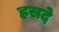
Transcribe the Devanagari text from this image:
हसदे